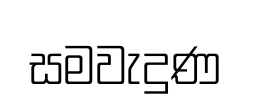
සමවැදුණ